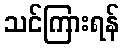
သင်ကြားရန်